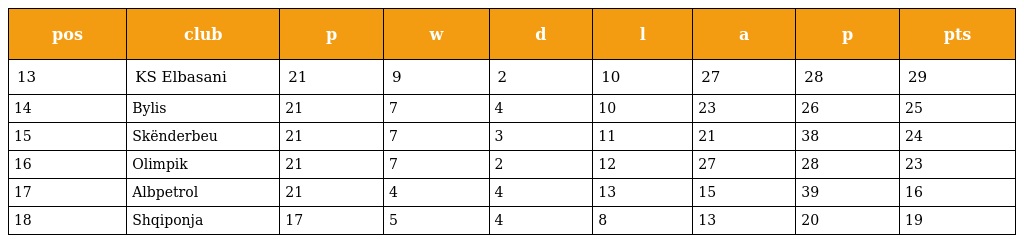
| pos | club | p | w | d | l | a | p | pts |
 | --- | --- | --- | --- | --- | --- | --- | --- | --- |
 | 13 | KS Elbasani | 21 | 9 | 2 | 10 | 27 | 28 | 29 |
 | 14 | Bylis | 21 | 7 | 4 | 10 | 23 | 26 | 25 |
 | 15 | Skënderbeu | 21 | 7 | 3 | 11 | 21 | 38 | 24 |
 | 16 | Olimpik | 21 | 7 | 2 | 12 | 27 | 28 | 23 |
 | 17 | Albpetrol | 21 | 4 | 4 | 13 | 15 | 39 | 16 |
 | 18 | Shqiponja | 17 | 5 | 4 | 8 | 13 | 20 | 19 |